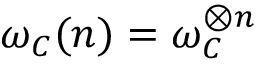
\omega _ { C } ( n ) = \omega _ { C } ^ { \otimes n }